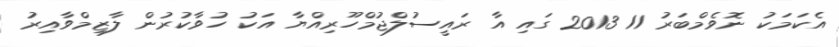
އެކަމަކު ނޮވެމްބަރު 11 2013 ގައި އާ ރައީސުލްޖުމްހޫރިއްޔާ އަކު ހުވާކުރުން ލާޒިމްވާއިރު